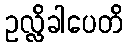
ဥလ္လိခါပေတိ